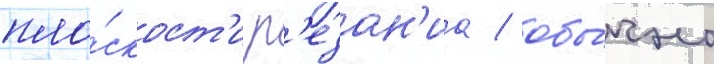
пло́скост'и р'езан'иа / обы́чно